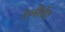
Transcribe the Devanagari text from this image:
हेनीवेंट